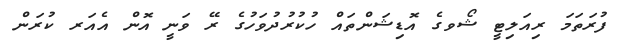
ފުރަތަމަ ރިއަލިޓީ ޝޯވގެ އޮޑިޝަންތައް ހުކުރުދުވަހުގެ ރޭ ވަނީ އޮން އެއަރ ކުރަން